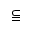
\subseteqq